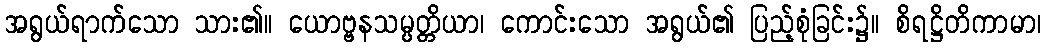
အရွယ်ရာက်သော သား၏။ ယောဗ္ဗနသမ္ပတ္တိယာ၊ ကောင်းသော အရွယ်၏ ပြည့်စုံခြင်း၌။ စိရဋ္ဌိတိကာမာ၊